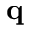
\mathbf { q }